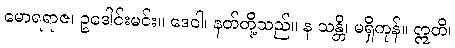
မောရရာဇ၊ ဥဒေါင်းမင်း။ ဒေဝါ၊ နတ်တို့သည်။ န သန္တိ၊ မရှိကုန်။ ဣတိ၊